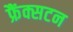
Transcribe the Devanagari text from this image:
फ्रैंक्सटन